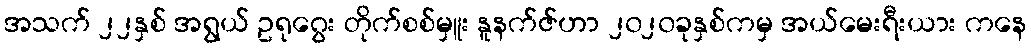
အသက် ၂၂နှစ် အရွယ် ဥရုဂွေး တိုက်စစ်မှူး နူနက်ဇ်ဟာ ၂၀၂၀ခုနှစ်ကမှ အယ်မေးရီးယား ကနေ